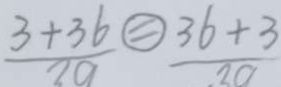
\frac { 3 + 3 6 } { 3 9 } \textcircled { = } \frac { 3 6 + 3 } { 3 0 }